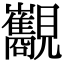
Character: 𧢧